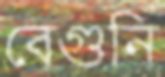
বেগুনি